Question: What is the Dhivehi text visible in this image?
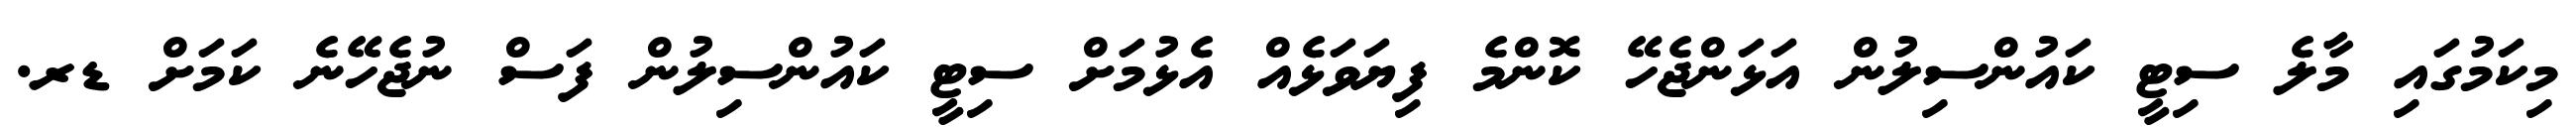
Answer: މިކަމުގައި މާލެ ސިޓީ ކައުންސިލުން އަޅަންޖެހޭ ކޮންމެ ފިޔަވަޅެއް އެޅުމަށް ސިޓީ ކައުންސިލުން ފަސް ނުޖެހޭނެ ކަމަށް ޑރ.